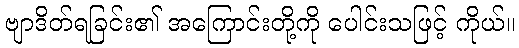
ဗျာဒိတ်ရခြင်း၏ အကြောင်းတို့ကို ပေါင်းသဖြင့် ကိုယ်။